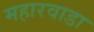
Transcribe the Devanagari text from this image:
महारवाडा